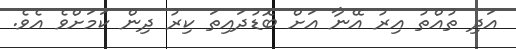
އަދި ތުއްތު އިރު އޭނާ އަށް ބޮޑުދައިތަ ކިރު ދިން ކަމަށްވެ އެވެ.